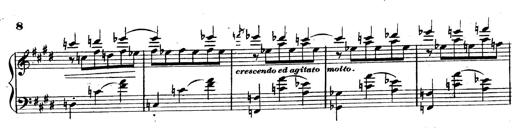
Title: 3 Caprices-Valses
Composer: Franz Liszt